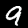
Digit: 9